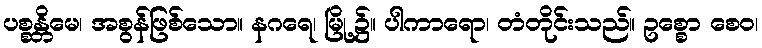
ပစ္စန္တိမေ၊ အစွန်ဖြစ်သော။ နဂရေ၊ မြို့၌။ ပါကာရော၊ တံတိုင်းသည်။ ဥစ္စော စေဝ၊